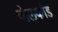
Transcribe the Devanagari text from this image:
गेलफांड